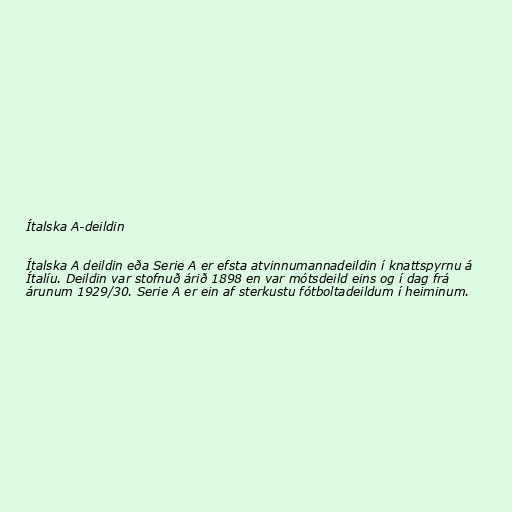
Ítalska A-deildin

Ítalska A deildin eða Serie A er efsta atvinnumannadeildin í knattspyrnu á
Ítalíu. Deildin var stofnuð árið 1898 en var mótsdeild eins og í dag frá
árunum 1929/30. Serie A er ein af sterkustu fótboltadeildum í heiminum.